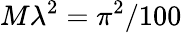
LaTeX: M\lambda^{2}=\pi^{2}/100